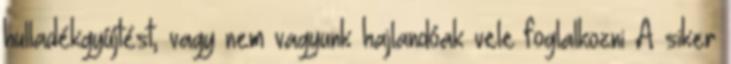
hulladékgyűjtést, vagy nem vagyunk hajlandóak vele foglalkozni A siker